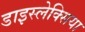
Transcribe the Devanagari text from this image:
डाइस्लेक्सिया